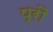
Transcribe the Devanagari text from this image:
प्रौ